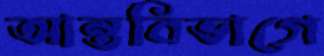
আন্তবিভাগে